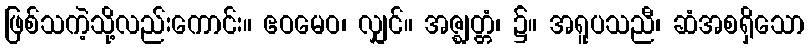
ဖြစ်သကဲ့သို့လည်းကောင်း။ ဧဝမေဝ၊ လျှင်။ အဇ္ဈတ္တံ၊ ၌။ အရူပသညီ၊ ဆံအစရှိသော